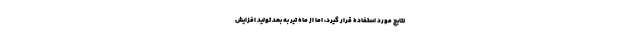
نتایج مورد استفاده قرار گیرد، اما از ماه تیر به بعد تولید افزایش